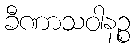
ခီဏာသဝါနဉ္စ